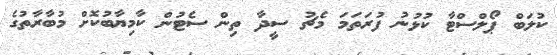
ކުލަބް ޕޯލްސްޓާ ކުޅުނު ފުރަތަމަ މެޗު ސީދާ ތިން ސެޓުން ކާމިޔާބުކޮށް މުބާރާތުގެ